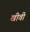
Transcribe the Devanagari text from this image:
खीवी